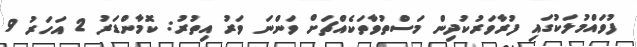
ފުވައްމުލަކުގައި ފުރާވަރުކުދިން މަސްތުވާތަކެއްޗަށް ވަންނަ ވަރު އިތުރު: ކޮމާންޑަރު 2 އަހަރު 9